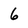
Character: 6